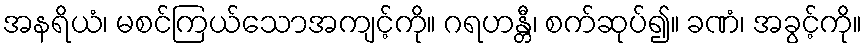
အနရိယံ၊ မစင်ကြယ်သောအကျင့်ကို။ ဂရဟန္တီ၊ စက်ဆုပ်၍။ ခဏံ၊ အခွင့်ကို။